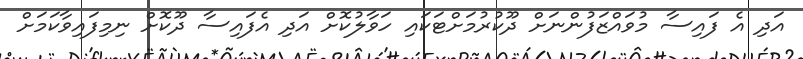
އަދި އެ ފައިސާ މުވައްޒަފުންނަށް ދޫކުރުމަށްޓަކައި ހަވާލުކޮށް އަދި އެފައިސާ ދޫކޮށް ނިމިފައިވާކަމަށް